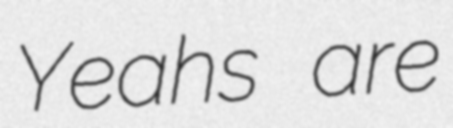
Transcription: Yeahs are